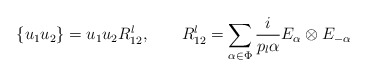
\begin{align*}\{ u_1 u_2 \}= u_{1} u_{2} R_{12}^{l}, \hskip 0.8 cm R_{12}^{l}=\sum_{\alpha \in \Phi} {i \over {p_{l} \alpha}} E_{\alpha} \otimes E_{- \alpha}\end{align*}